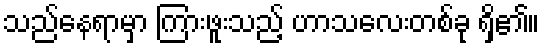
သည်နေရာမှာ ကြားဖူးသည့် ဟာသလေးတစ်ခု ရှိ၏။